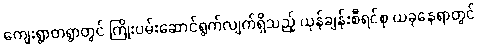
ကျေးရွာတရွာတွင် ကြိုးပမ်းဆောင်ရွက်လျက်ရှိသည့် ယုန်ချန်းစီရင်စု ယခုနေရာတွင်